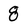
Character: 8